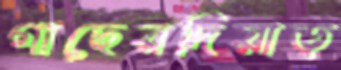
গাছেরদিয়াড়